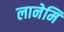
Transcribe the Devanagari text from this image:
लानेमि